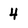
Character: 4